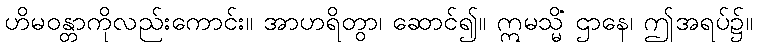
ဟိမဝန္တာကိုလည်းကောင်း။ အာဟရိတွာ၊ ဆောင်၍။ ဣမသ္မိံ ဌာနေ၊ ဤအရပ်၌။